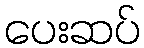
ပေးဆပ်